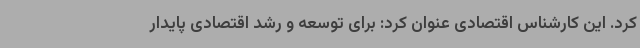
کرد. این کارشناس اقتصادی عنوان کرد: برای توسعه و رشد اقتصادی پایدار